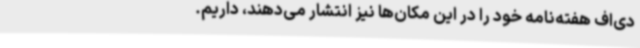
‌دی‌اف هفته‌نامه خود را در این مکان‌ها نیز انتشار می‌دهند، داریم.